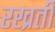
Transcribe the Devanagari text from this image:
रख्रती